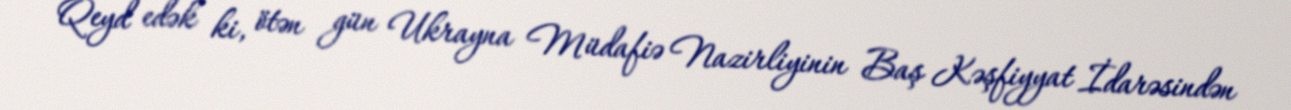
Qeyd edək ki, ötən gün Ukrayna Müdafiə Nazirliyinin Baş Kəşfiyyat İdarəsindən